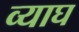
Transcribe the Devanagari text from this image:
व्याघ